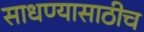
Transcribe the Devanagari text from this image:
साधण्यासाठीच